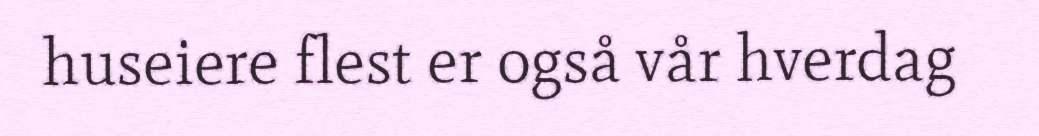
huseiere flest er også vår hverdag